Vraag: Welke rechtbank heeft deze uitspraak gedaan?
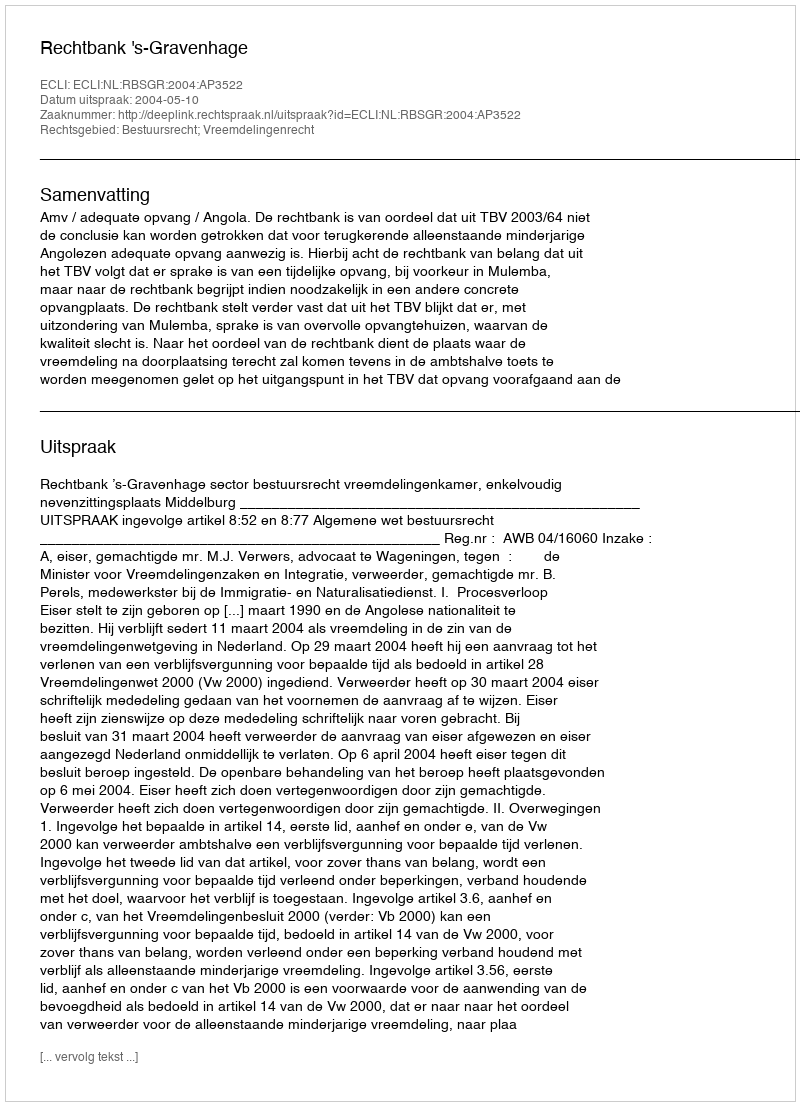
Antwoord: Rechtbank 's-Gravenhage